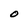
Character: O